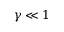
\gamma \ll 1